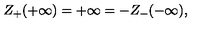
Z _ { + } ( + \infty ) = + \infty = - Z _ { - } ( - \infty ) ,